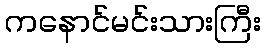
ကနောင်မင်းသားကြီး